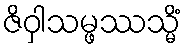
ဇိဝှါသမ္ဖဿသ္မိံ